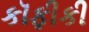
કૉફીકી